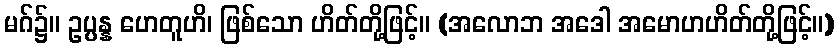
မဂ်၌။ ဥပ္ပန္န ဟေတူဟိ၊ ဖြစ်သော ဟိတ်တို့ဖြင့်။ (အလောဘ အဒေါ အမောဟဟိတ်တို့ဖြင့်။)